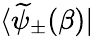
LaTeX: \langle\widetilde{\psi}_{\pm}(\beta)|